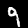
Label: 9